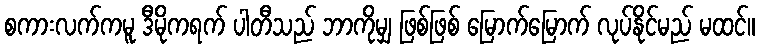
စကားလက်ကမူ ဒီမိုကရက် ပါတီသည် ဘာကိုမျှ ဖြစ်ဖြစ် မြောက်မြောက် လုပ်နိုင်မည် မထင်။